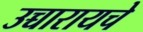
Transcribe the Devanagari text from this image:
उच्चारायचे